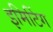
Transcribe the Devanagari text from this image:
इमिटिंग